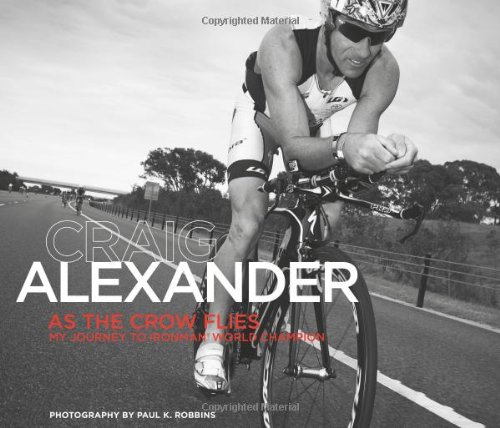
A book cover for As the Crow Flies: My Journey to Ironman World Champion; Craig Alexander; Health, Fitness & Dieting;